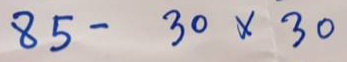
85 - 30 x 30